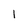
Character: 1